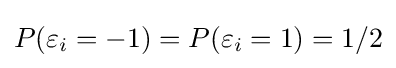
P(\varepsilon _{i}=-1)=P(\varepsilon _{i}=1)=1/2